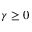
\gamma \ge 0